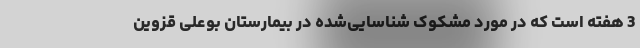
3 هفته است که در مورد مشکوک شناسایی‌شده در بیمارستان بوعلی قزوین